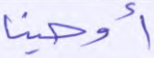
أوحينا